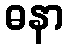
ဓနာ